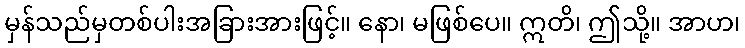
မှန်သည်မှတစ်ပါးအခြားအားဖြင့်။ နော၊ မဖြစ်ပေ။ ဣတိ၊ ဤသို့။ အာဟ၊